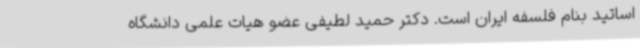
اساتید بنام فلسفه ایران است. دکتر حمید لطیفی عضو هیات علمی دانشگاه